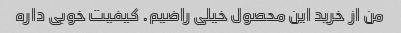
من از خرید این محصول خیلی راضیم. کیفیت خوبی داره